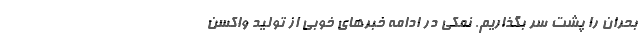
بحران را پشت سر بگذاریم. نمکی در ادامه خبرهای خوبی از تولید واکسن